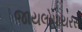
જાયલોપાયરસ